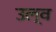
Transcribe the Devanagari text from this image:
उल्व